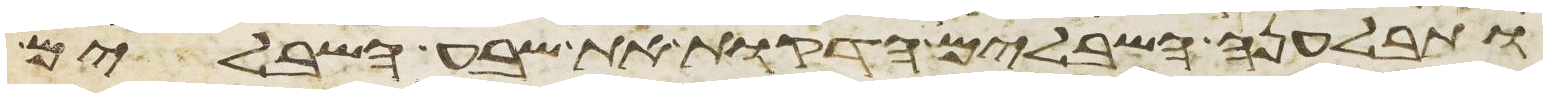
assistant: ותבלענה השבלים הדקות את שבע השבלים